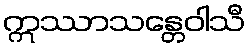
ဣဿာသန္တေဝါသီ